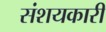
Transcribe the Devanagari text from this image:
संशयकारी